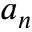
a _ { n }